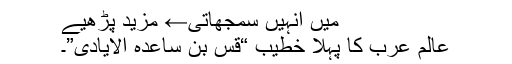
میں انہیں سمجھاتی← مزید پڑھیے
عالم عرب کا پہلا خطیب “قس بن ساعدہ الایادی”۔